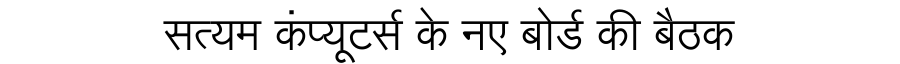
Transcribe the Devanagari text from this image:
सत्यम कंप्यूटर्स के नए बोर्ड की बैठक